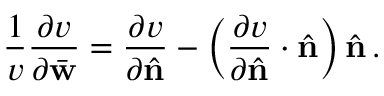
\frac { 1 } { v } \frac { \partial v } { \partial \bar { \bf w } } = \frac { \partial v } { \partial \hat { \bf n } } - \left( \frac { \partial v } { \partial \hat { \bf n } } \cdot \hat { \bf n } \right) \hat { \bf n } \, .